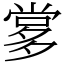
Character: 㗬